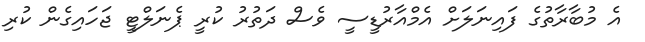
އެ މުބާރާތުގެ ފައިނަލަށް އެމްއާރުޑީސީ ވެސް ދަތުރު ކުރީ ޕެނަލްޓީ ޖަހައިގެން ކުރި